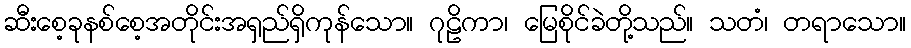
ဆီးစေ့ခုနစ်စေ့အတိုင်းအရှည်ရှိကုန်သော။ ဂုဠိကာ၊ မြေစိုင်ခဲတို့သည်။ သတံ၊ တရာသော။